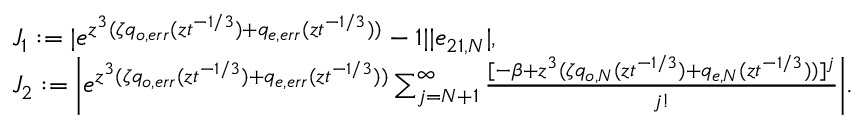
\begin{array} { r l } & { J _ { 1 } : = | e ^ { z ^ { 3 } ( \zeta q _ { o , e r r } ( z t ^ { - 1 / 3 } ) + q _ { e , e r r } ( z t ^ { - 1 / 3 } ) ) } - 1 | | e _ { 2 1 , N } | , } \\ & { J _ { 2 } : = \bigg | e ^ { z ^ { 3 } ( \zeta q _ { o , e r r } ( z t ^ { - 1 / 3 } ) + q _ { e , e r r } ( z t ^ { - 1 / 3 } ) ) } \sum _ { j = N + 1 } ^ { \infty } \frac { [ - \beta + z ^ { 3 } ( \zeta q _ { o , N } ( z t ^ { - 1 / 3 } ) + q _ { e , N } ( z t ^ { - 1 / 3 } ) ) ] ^ { j } } { j ! } \bigg | . } \end{array}